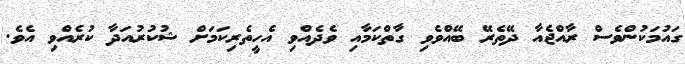
ގައުމަކުންވެސް ރާއްޖެއާ ދޭތެރޭ ބޭއްވެވި ގާތްކަމާއި ވެދެއްވި އެހީތެރިކަމަށް ޝުކުރުއަދާ ކުރެއްވި އެވެ.